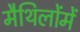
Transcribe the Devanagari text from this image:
मैथिलोंमें